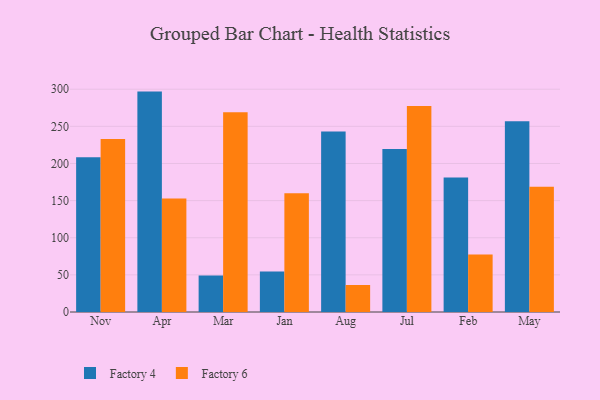
{"axis": {"x": "Month", "y": "Website Visitors"}, "legend": ["Factory 4", "Factory 6"], "data": [{"x": "Nov", "y": 208.3, "type": "Factory 4"}, {"x": "Nov", "y": 233.1, "type": "Factory 6"}, {"x": "Apr", "y": 296.8, "type": "Factory 4"}, {"x": "Apr", "y": 152.8, "type": "Factory 6"}, {"x": "Mar", "y": 49.0, "type": "Factory 4"}, {"x": "Mar", "y": 268.9, "type": "Factory 6"}, {"x": "Jan", "y": 54.7, "type": "Factory 4"}, {"x": "Jan", "y": 160.0, "type": "Factory 6"}, {"x": "Aug", "y": 243.1, "type": "Factory 4"}, {"x": "Aug", "y": 36.4, "type": "Factory 6"}, {"x": "Jul", "y": 219.4, "type": "Factory 4"}, {"x": "Jul", "y": 277.3, "type": "Factory 6"}, {"x": "Feb", "y": 181.2, "type": "Factory 4"}, {"x": "Feb", "y": 77.3, "type": "Factory 6"}, {"x": "May", "y": 256.8, "type": "Factory 4"}, {"x": "May", "y": 168.7, "type": "Factory 6"}]}